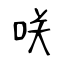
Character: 咲